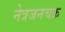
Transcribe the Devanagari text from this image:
नेत्रजनचक्र